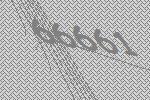
66661